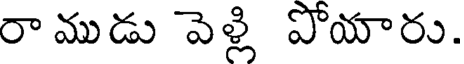
రా ముడు వెళ్లి పోయారు.